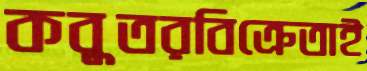
কবুতরবিক্রেতাই